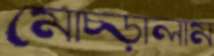
মোচ্‌ড়ালাম